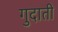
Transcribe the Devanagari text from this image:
गुदाती